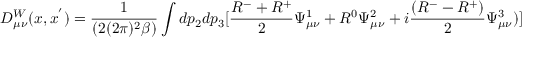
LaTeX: D _ { \mu \nu } ^ { W } ( x , x ^ { ^ { \prime } } ) = \frac { 1 } { ( 2 ( 2 \pi ) ^ { 2 } \beta ) } \int d p _ { 2 } d p _ { 3 } [ \frac { R ^ { - } + R ^ { + } } { 2 } \Psi _ { \mu \nu } ^ { 1 } + R ^ { 0 } \Psi _ { \mu \nu } ^ { 2 } + i \frac { ( R ^ { - } - R ^ { + } ) } { 2 } \Psi _ { \mu \nu } ^ { 3 } ) ]